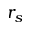
r _ { s }